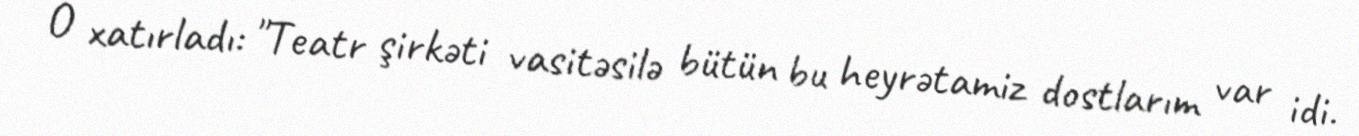
O xatırladı: "Teatr şirkəti vasitəsilə bütün bu heyrətamiz dostlarım var idi.